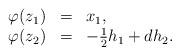
LaTeX: \begin{align*}\begin{array}{llllll}\varphi(z_1) &=& x_1,\\\varphi(z_2) &=& -\frac{1}{2} h_1+dh_2. \end{array}\end{align*}